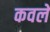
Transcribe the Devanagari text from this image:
कवले